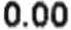
0.00